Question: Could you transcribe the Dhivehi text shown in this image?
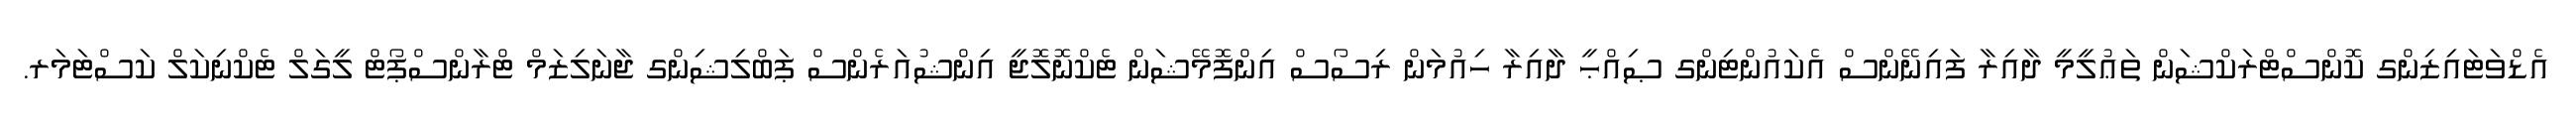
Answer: އެޑްވަޓައިޒިންގ ކޮންސްޓްރަކްޝަން ތަޢުލީމީ ދާއިރާ ފައިނޭންސް އެކައުންޓިންގ ޞިއްޙީ ދާއިރާ ހިއުމަން ރިސޯސް އިންފޮމޭޝަން ޓެކްނޮލޮޖީ އިންޝުއަރެންސް ޕަބްލިޝިންގ ޖާނަލިޒަމް ޓްރާންސްޕޯޓް ލީގަލް ޓެކްނިކަލް ކަސްޓަމަރ.